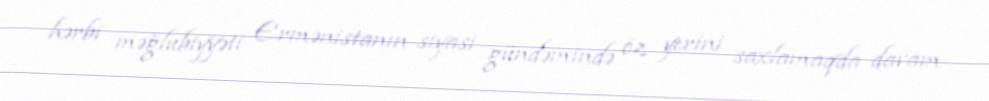
hərbi məğlubiyyəti Ermənistanın siyasi gündəmində öz yerini saxlamaqda davam